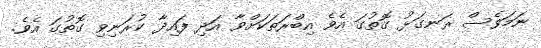
ނަމަވެސް ރަނގަޅު ގޮތުގަ އެވެ އިބްރަތަކަށްވާ އަދި ފައިދާ ކުރަނިވި ގޮތުގަ އެވެ.